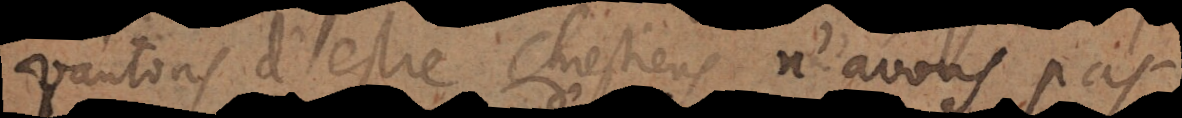
vantons d’estre chrestiens, n’avons pas